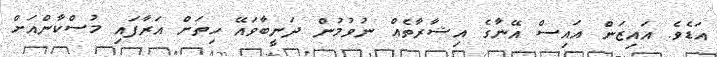
އަޑެވެ. އައިޒަން އައިސް އޭނާގެ އިޝާރާތެއް ނުވުމުން ދަނީބާވައޭ ހިތަށް އަރާފައި މުސްކާންއަށް